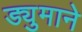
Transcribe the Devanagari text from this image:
ड्युमाने